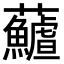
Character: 𩼻